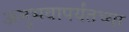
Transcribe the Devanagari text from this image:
अनुभवापर्यंतच्या